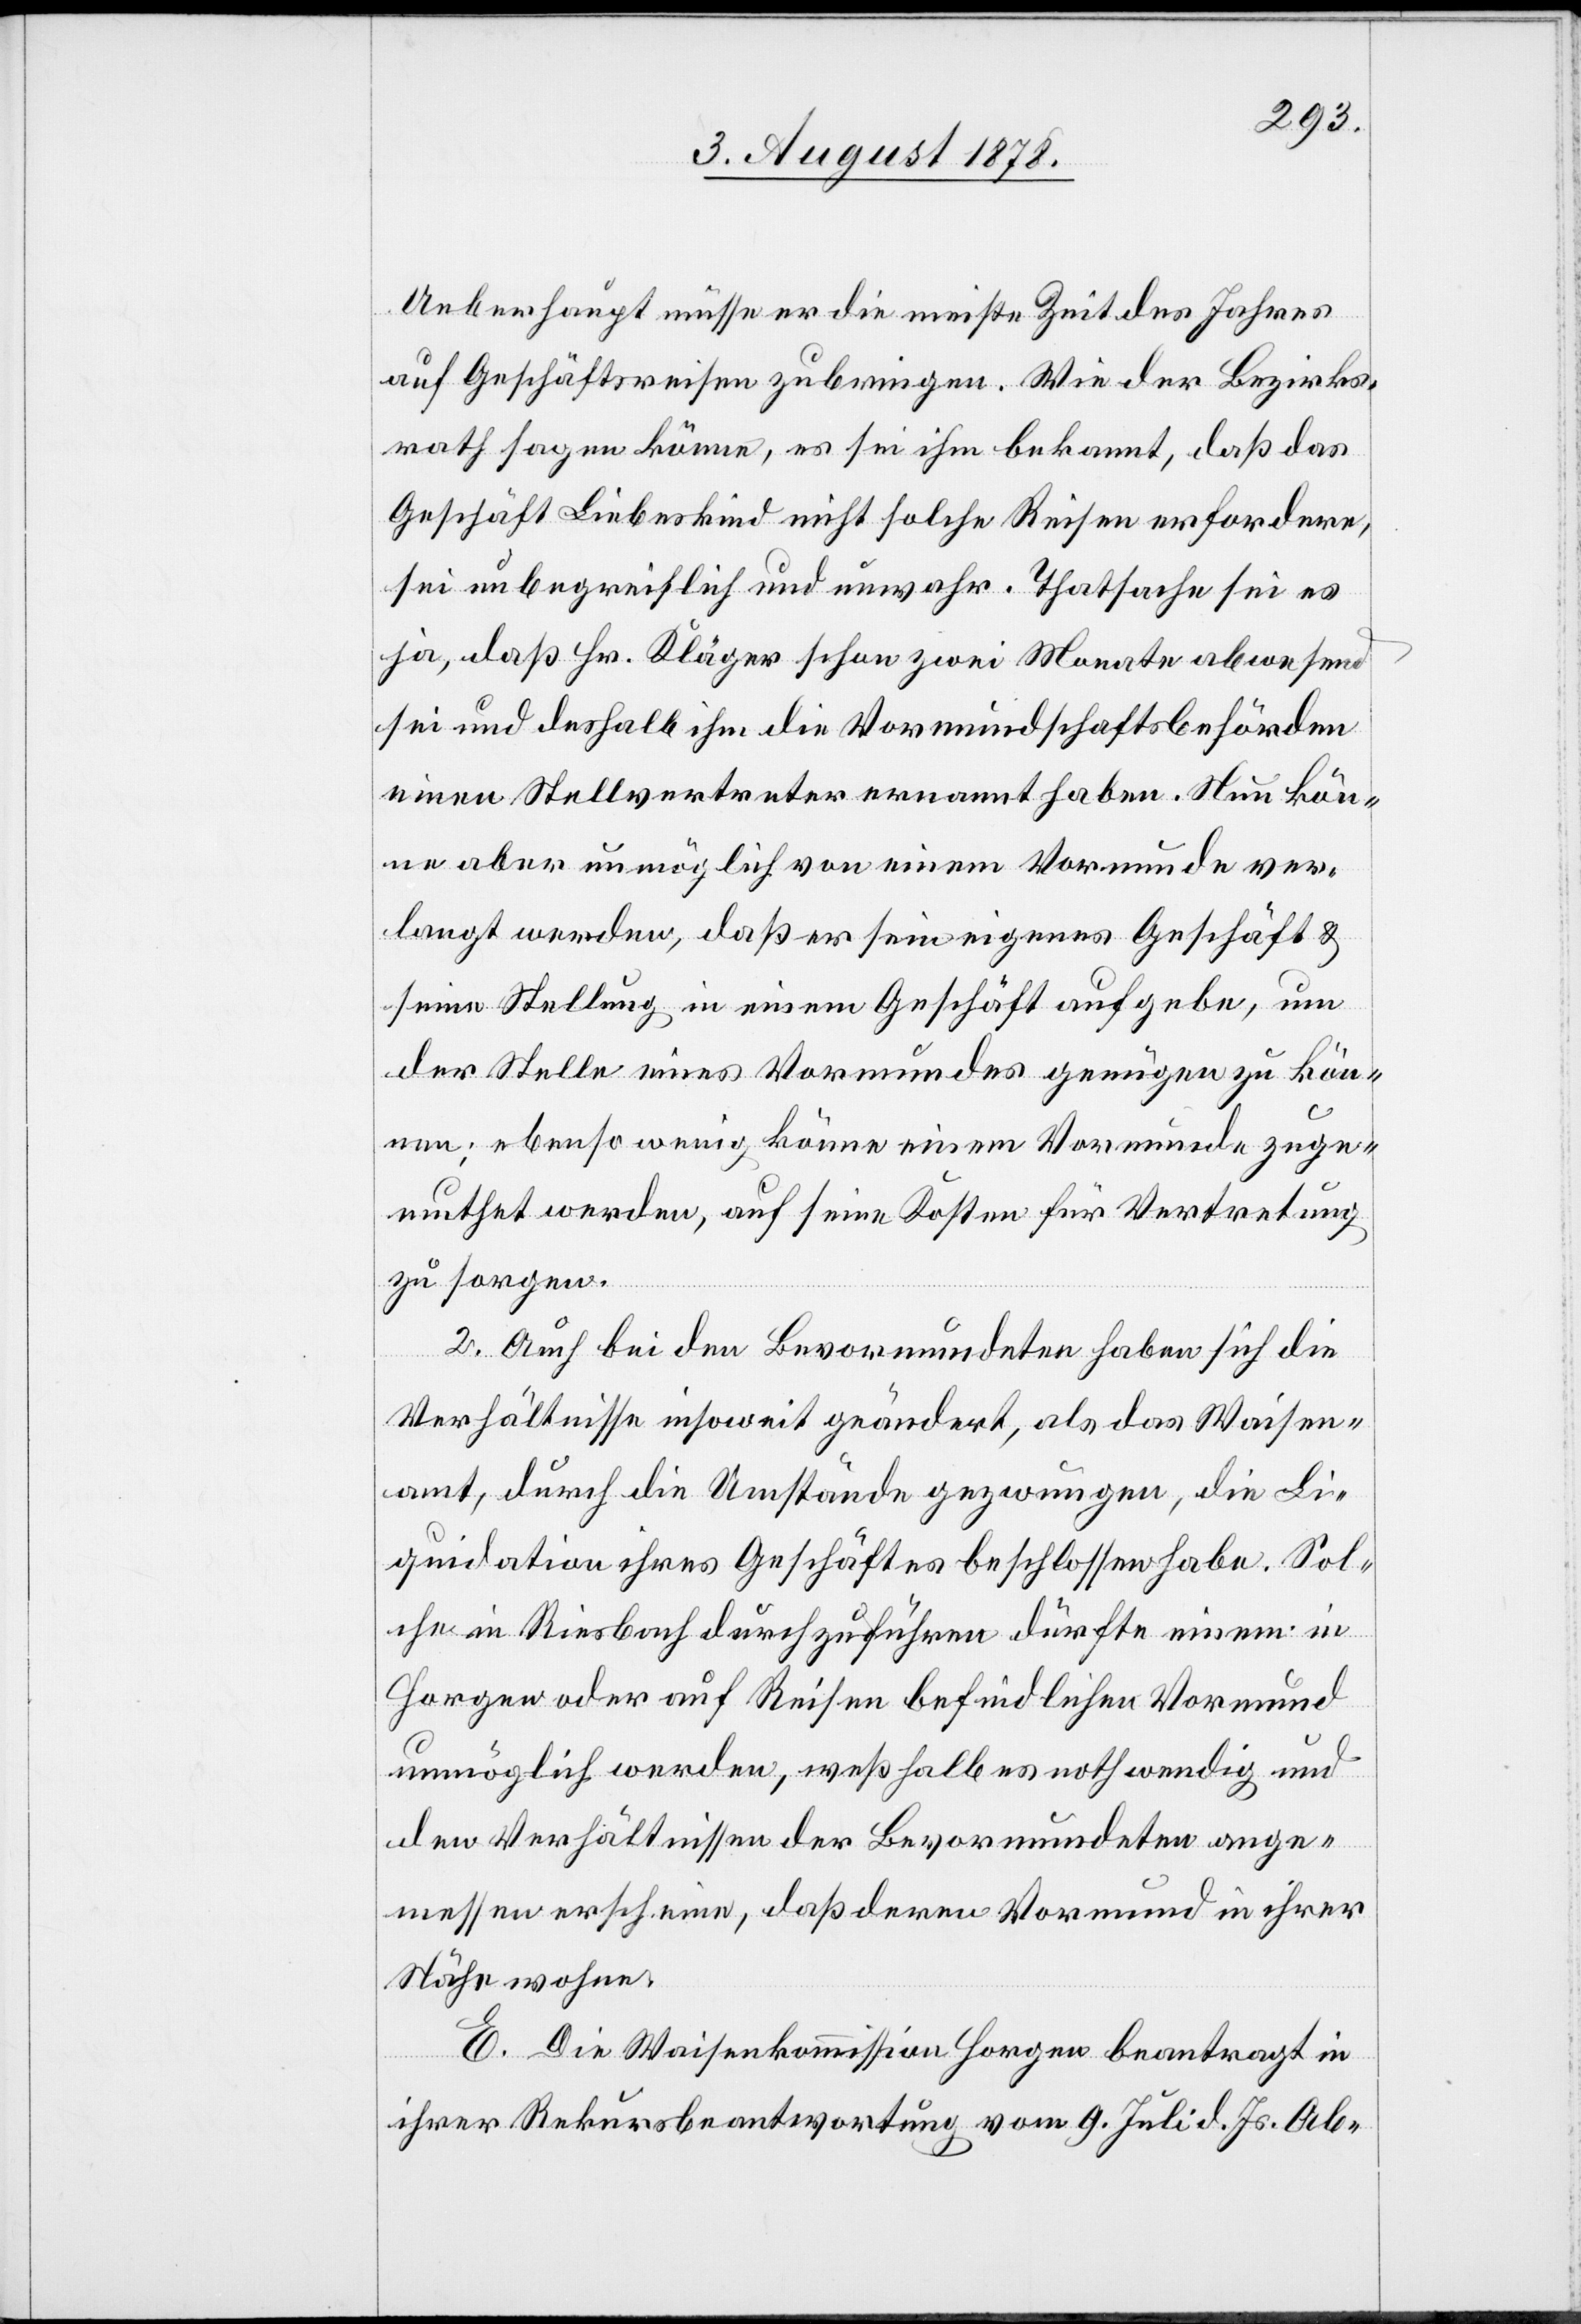
Ueberhaupt müsse er die meiste Zeit des Jahres
auf Geschäftsreisen zubringen. Wie der Bezirks¬
rath sagen könne, es sei ihm bekannt, daß das
Geschäft Liebeskind nicht solche Reisen erfordere,
sei unbegreiflich und unwahr. Thatsache sei es
ja, daß Hr. Kläger schon zwei Monate abwesend
sei und deshalb ihm die Vormundschaftsbehörden
einen Stellvertreter ernannt haben. Nun kön¬
ne aber unmöglich von einem Vormunde ver¬
langt werden, daß er sein eigenes Geschäft &
seine Stellung in einem Geschäft aufgebe, um
der Stelle eines Vormundes genügen zu kön¬
nen; ebenso wenig könne einem Vormunde zuge¬
muthet werden, auf seine Kosten für Vertretung
zu sorgen.
2. Auch bei den Bevormundeten haben sich die
Verhältnisse insoweit geändert, als das Waisen¬
amt, durch die Umstände gezwungen, die Li¬
quidation ihres Geschäftes beschlossen habe. Sol¬
che in Riesbach durchzuführen dürfte einem in
Horgen oder auf Reisen befindlichen Vormund
unmöglich werden, weßhalb es nothwendig und
den Verhältnisse der Bevormundeten ange¬
messen erscheine, daß deren Vormund in ihrer
Nähe wohne.
E. Die Waisenkommission Horgen beantragt in
ihrer Rekursbeantwortung vom 9. Juli d. Js. Ab-